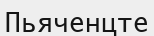
Пьяченцте